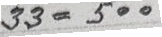
33 = 500